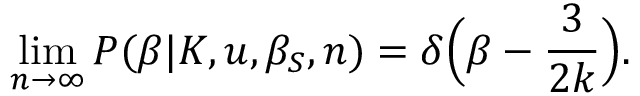
\operatorname* { l i m } _ { n \rightarrow \infty } P ( \beta | K , u , \beta _ { S } , n ) = \delta \Big ( \beta - \frac { 3 } { 2 k } \Big ) .